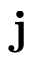
\mathbf { j }